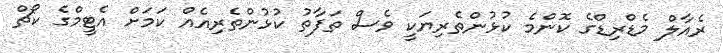
ރެއާލް މެޑްރިޑްގެ ކޮންމެ ކުޅުންތެރިޔަކީ ވެސް ތަފާތު ކުޅުންތެރިއެއް ކަމަށް އެޓީމްގެ ކޯޗް